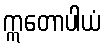
ဣတောပါယံ